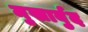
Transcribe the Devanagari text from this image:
मुखार्बुद